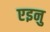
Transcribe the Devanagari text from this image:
एइनु